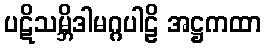
ပဋိသမ္ဘိဒါမဂ္ဂပါဠိ အဋ္ဌကထာ